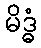
မိဒ္ဓံ